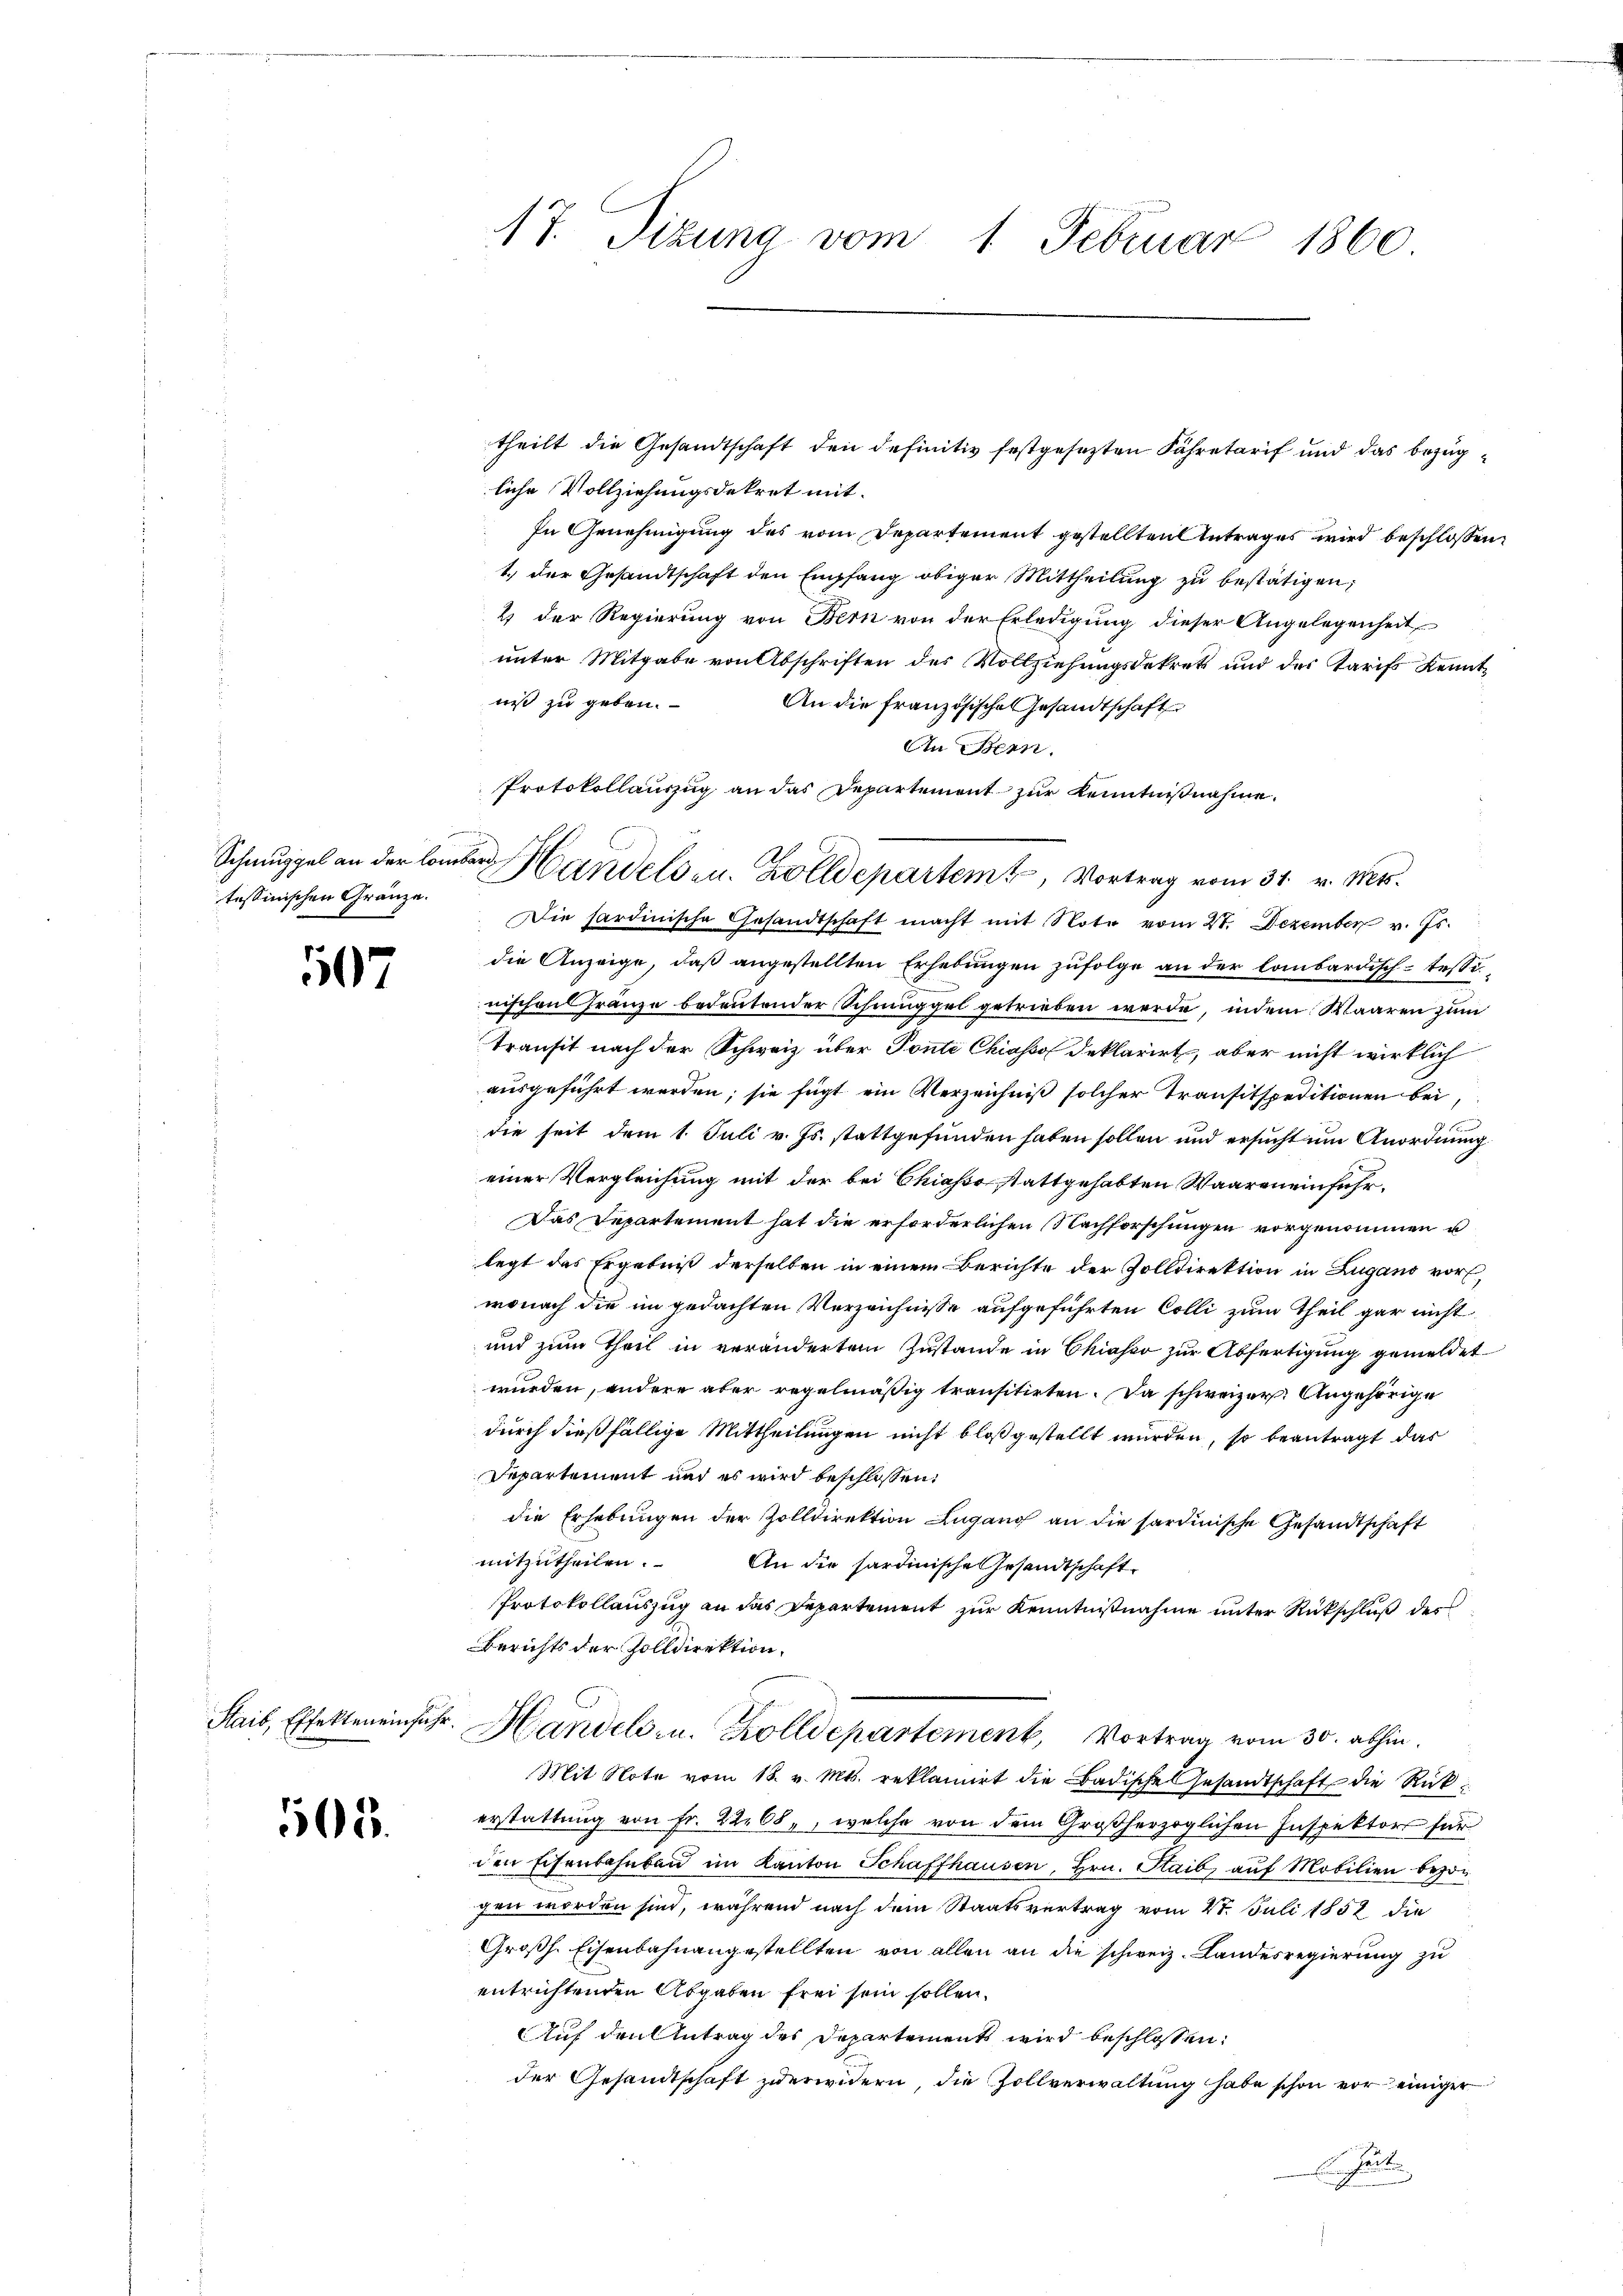
Schmuggel an der Lombard
tessinischen Gränze.

1107

Stais, Effekten einfa¬

505.

17. Sitzung vom 1. Februar 1860

liche Vollziehungsdekret mit
In Genehmigung des vom Departement gestellten Antrages wird beschlossen
1.) Der Gesandtschaft den Empfang obiger Mittheilung zu bestätigen,
2 der Regierung von Bern von der Erledigung dieser Angelegenheit
unter Mitgabe von Abschriften des Vollziehungsdekret und der Tarifs Kenntniß zu geben.
An die französische Gesandtschaft
An Bern.
Die sardinische Gesandtschaft macht mit Note vom 27. Dezember v. Js.
die Anzeige, daß angestellten Erhebungen zufolge an der lombardisch-tessi
nischen Franze bedeutender Schmuggel getrieben werde, indem Waaren zum
transit nach der Schweiz über Ponte Chiasso deklarirt, aber nicht wirklich
ausgeführt werden; sie fügt ein Verzeichniß solcher Transitspeditionen bei,
die seit dem 1. Juli v. Js. stattgefunden haben sollen und ersucht im Anordnung
einer Vergleichung mit der bei Chiasso stattgehabten Waaren einfuhr¬
Das Departement hat die erforderlichen Nachforschungen vorgenommen u
legt das Ergebniß derselben in einem Berichte der Zolldirektion in Zugano vor
wonach die im gedachten Verzeichnisse aufgeführten Colli zum Theil gar nicht
und zum Theil in verändertem Zustande in Chiasso zur Abfertigung gemeldet
wurden, andere aber regelmäßig transitirten. Da schweizer. Angehörige
durch dießfällige Mittheilungen nicht bloß gestellt wurden, so beantragt das
Departement und es wird beschlossen:
die Erhebungen der Zolldirektion Lugang an die sardinische Gesandtschaft
mitzutheilen.
An die hardinische Gesandtschaft
Protokollauszug an das Departement zur Kenntnißnahme unter Rückschluß des
Berichts der Zolldirektion,
v. Handels- u. Zolldepartement, Vortrag vom 30. abhin
Mit Note vom 18. v. Mts. reklamirt die Badische Gesandtschaft die Rückerstattung von Fr. 2268, welche von dem Großherzoglichen Inspektors für
den Eisenbahnbau im Kanton Schaffhausen, Hrn. Staib, auf Mobilien bezogen worden sind, während nach dem Staatsvertrag vom 28. Juli 1858 die
Großh. Eisenbahnangestellten von allen an die schweiz. Landesregierung zu
entrichtenden Abgaben frei sein sollen.
Auf den Antrag des Departement wird beschlossen:
der Gesandtschaft zuerwidern, die Zollverwaltung habe schon vor einiger
Einheit

Protokollauszug an das Departement zur Kenntnißnahme.
Handels- u. Zolldepartem Vortrag vom 31. v. Mts.

theilt die Gesandtschaft den definitiv festgesezten Fähretarif und das bezüg¬